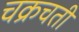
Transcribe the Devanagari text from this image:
चक्रचती